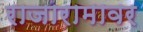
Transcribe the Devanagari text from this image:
राजारामावर